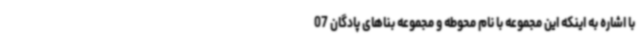
با اشاره به اینکه این مجموعه با نام محوطه و مجموعه بناهای پادگان 07